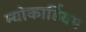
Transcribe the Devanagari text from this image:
म्योकार्डियम